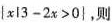
| x | 3 - 2x >0 |$$，则